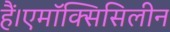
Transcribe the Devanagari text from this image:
हैं।एमॉक्सिसिलीन